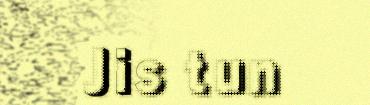
Jis tun